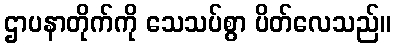
ဌာပနာတိုက်ကို သေသပ်စွာ ပိတ်လေသည်။